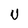
Character: U